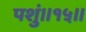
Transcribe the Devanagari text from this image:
पशुं॥१५॥